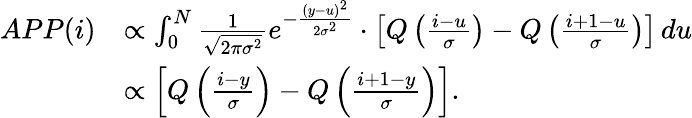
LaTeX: \begin{array}{rl}{APP(i)}&{\propto\int_{0}^{N}\frac{1}{\sqrt{2\pi\sigma^{2}}}e^{-\frac{(y-u)^{2}}{2\sigma^{2}}}\cdot\left[Q\left(\frac{i-u}{\sigma}\right)-Q\left(\frac{i+1-u}{\sigma}\right)\right]\, du}\\ &{\propto\left[Q\left(\frac{i-y}{\sigma}\right)-Q\left(\frac{i+1-y}{\sigma}\right)\right].}\end{array}